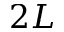
2 L